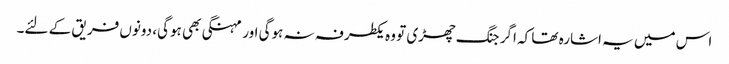
اس میں یہ اشارہ تھا کہ اگر جنگ چھڑی تو وہ یکطرفہ نہ ہوگی اور مہنگی بھی ہوگی، دونوں فریق کے لئے۔